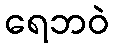
ရေဘဝဲ